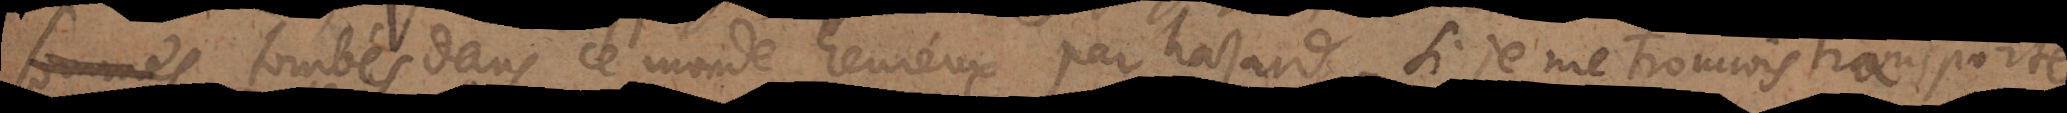
nt tombés dans ce monde heureux par hazard. Si je me trouvois transporté